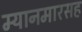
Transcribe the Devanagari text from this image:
म्यानमारसह